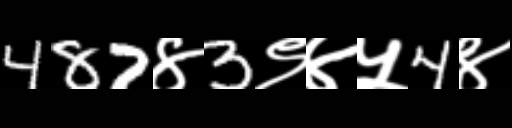
Text: 487४3९४५4४